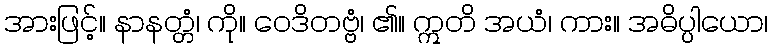
အားဖြင့်။ နာနတ္တံ၊ ကို။ ဝေဒိတဗ္ဗံ၊ ၏။ ဣတိ အယံ၊ ကား။ အဓိပ္ပါယော၊